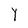
Character: Y